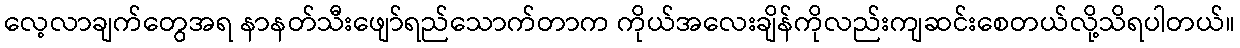
လေ့လာချက်တွေအရ နာနတ်သီးဖျော်ရည်သောက်တာက ကိုယ်အလေးချိန်ကိုလည်းကျဆင်းစေတယ်လို့သိရပါတယ်။